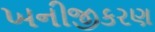
ખનીજીકરણ